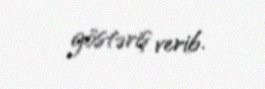
göstəriş verib.